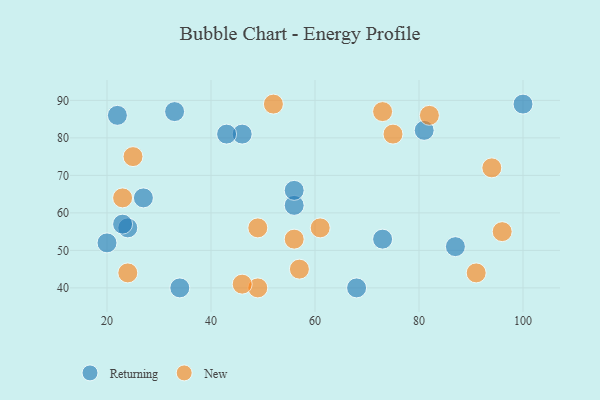
{"axis": {"x": "GDP", "y": "Life Expectancy"}, "legend": ["New", "Returning"], "data": [{"x": "81", "y": 82, "type": "Returning"}, {"x": "34", "y": 40, "type": "Returning"}, {"x": "20", "y": 52, "type": "Returning"}, {"x": "100", "y": 89, "type": "Returning"}, {"x": "73", "y": 53, "type": "Returning"}, {"x": "56", "y": 62, "type": "Returning"}, {"x": "87", "y": 51, "type": "Returning"}, {"x": "46", "y": 81, "type": "Returning"}, {"x": "56", "y": 66, "type": "Returning"}, {"x": "68", "y": 40, "type": "Returning"}, {"x": "22", "y": 86, "type": "Returning"}, {"x": "24", "y": 56, "type": "Returning"}, {"x": "23", "y": 57, "type": "Returning"}, {"x": "33", "y": 87, "type": "Returning"}, {"x": "43", "y": 81, "type": "Returning"}, {"x": "27", "y": 64, "type": "Returning"}, {"x": "23", "y": 64, "type": "New"}, {"x": "52", "y": 89, "type": "New"}, {"x": "56", "y": 53, "type": "New"}, {"x": "24", "y": 44, "type": "New"}, {"x": "82", "y": 86, "type": "New"}, {"x": "49", "y": 40, "type": "New"}, {"x": "57", "y": 45, "type": "New"}, {"x": "91", "y": 44, "type": "New"}, {"x": "46", "y": 41, "type": "New"}, {"x": "49", "y": 56, "type": "New"}, {"x": "75", "y": 81, "type": "New"}, {"x": "73", "y": 87, "type": "New"}, {"x": "25", "y": 75, "type": "New"}, {"x": "61", "y": 56, "type": "New"}, {"x": "94", "y": 72, "type": "New"}, {"x": "96", "y": 55, "type": "New"}]}